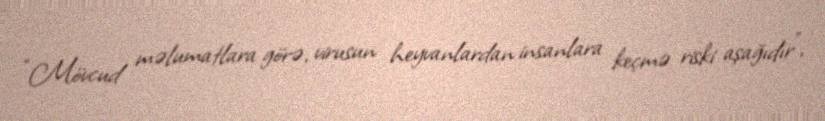
“Mövcud məlumatlara görə, virusun heyvanlardan insanlara keçmə riski aşağıdır”,